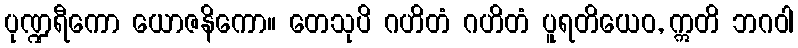
ပုဏ္ဍရီကော ယောဇနိကော။ တေသုပိ ဂဟိတံ ဂဟိတံ ပူရတိယေဝ, ဣတိ ဘဂဝါ